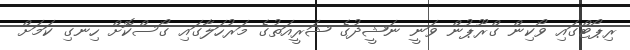
ރިޕޯޓްގައި ވޯކިން ގްރޫޕުން ވަނީ ނަޝީދުގެ ޝަރީއަތުގެ މަރުހަލާގައި ގޯސްކޮށް ހިނގި ކަމަށް